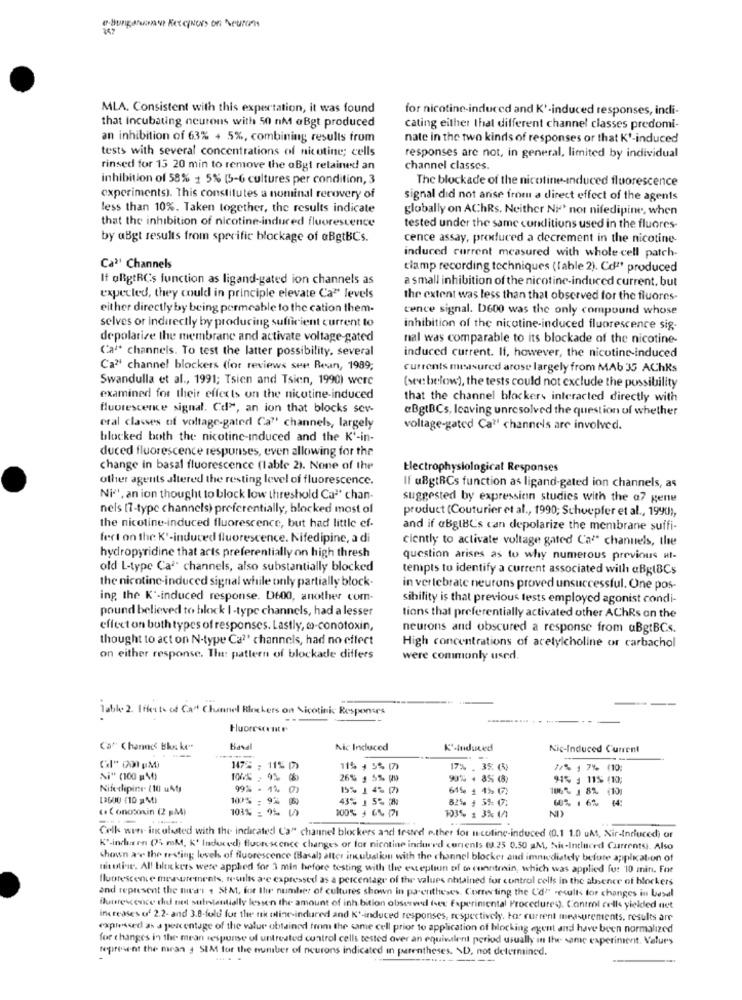
MLA. Consistent with this expertation, it was found
for nicotine-induced and K'-induced responses, indi-
that Incubating neurons with 50 nM aBgt produced
cating either thal different channel classes predomi-
an inhibition of 63% + 5%, combining results from
nate in the two kinds of responses or that K'-induced
tests with several concentrations of nicotine; cells
responses are not, in general, limited by individual
rinsed for 13 20 min to remove the aBgt retained an
channel classes.
inhibition of 58% + 5% (5-6 cultures per condition, 3
The blockade of the nicotine-induced fluorescence
experiments). This constitutes a nominal recovery of
signal did not arise from a direct effect of the agents
less than 10%. Taken together, the results indicate
globally on AChRs. Neither Nit nor nifedipine, when
that the inhibition of nicotine-induced fluorescence
tested under the same conditions used in the fluores-
by aBgt results from specific blockage of aBgtBCs.
cence assay, produced a decrement in the nicotine-
induced current measured with whole cell patch-
Ca"' Channels
clamp recording techniques (fable 2). Coª' produced
If olgtRCs function as ligand-gated ion channels as
a small inhibition of the nicotine-induced current, but
expected, they could in principle elevate Ca" levels
the extent was less than that observed for the fluores-
either directly by being permeable to the cation them-
cence signal. D600 was the only compound whose
selves or indirectly by producing sufficient current to
inhibition of the nicotine-induced fluorescence sig-
depolarize the membrane and activate voltage-gated
nal was comparable to its blockade of the nicotine-
Ca'+ channels. To test the latter possibility, several
induced current. If, however, the nicotine-induced
Ca" channel blockers (for reviews see Rean, 1989;
currents measured arose largely from MAb 35 AChRs
Swandulla et al ., 1991; Tsien and Tsien, 1990) were
(see below), the tests could not exclude the possibility
examined for their effects on the nicotine-induced
that the channel blocker. interacted directly with
fluorescence signal. Cd", an ion that blocks sev
@BgtBCs, Icaving unresolved the question of whether
eral classes of voltage-gated Ca"' channels, largely
voltage-gated Ca?' channels are involved.
blocked both the nicotine-induced and the K'-in-
duced fluorescence respurses, even allowing for the
change in basal fluorescence (lable 2). None of the
Electrophysiological Responses
other agents altered the resting level of fluorescence.
If uBgtRCs function as ligand-gated ion channels, as
Ni'', an ion thought to block low threshold Ca'' chan-
suggested by expression studies with the a7 gene
nels (7-type channels) preferentially, blocked most of
product (Couturier et al ., 1990; Schoepfer et al ., 1990),
the nicotine-induced fluorescence, but had little ef-
and if aBgIBCs can depolarize the membrane suffi-
fect on the K'-induced fluorescence. Nifedipine, a di
ciently to activate voltage gated Ca" channels, the
hydropyridine that arts preferentially on high thresh
question arises as to why numerous previous Ht-
old L-type Caª channels, also substantially blocked
tempts to identify a current associated with aBgIBCs
the nicotine-induced signal while only partially block-
in vertebrate neurons proved unsuccessful. One pos-
ing, the K'-induced response. D600, another com-
sibility is that previous tests employed agonist condi-
pound believed to block I-type channels, had a lesser
tions that preferentially activated other AChRs on the
effect on both types of responses. Lastly, wo-conotoxin,
neurons and obscured a response from uBgtBCs.
thought to act on N-type Ca?' channels, had no effect
High concentrations of acetylcholine or carbachol
on either response. The pattern of blockade differs
were commonly used.
Table 2. Iftexto of Ca" Channel Blockers on Nicotinic Responses
Ca" Channe Blo ke"
Baval
Nic Induced
Kanduced
Nic-Induced Current
1478 - 11% D
11% , 5% (7)
. 3% (3)
7% 1 7% (10;
Ni" (100 g)
26% 1 5% po
90% + 85 48
91% - 11% (10;
Nife dipine (10 uAt
99% - 4% ()
15% 1477
61% 1 4% (7)
106- 1 8% (10)
100% : 9%
43% 1 5%
60% 16% 14:
(. Conosoxin (2 gM)
103% : 9% 50
6&GES
100% 164171
103% 1 3% 1/1
Celk wini ink utested with the indicated Ca" channel blockers and tested p.ther for nicoline-induced (0.1 1.0 uM, Nir-Induced) or
K'-indus en (75 mM, K' Inducedi fluorescence changes or for nicotine induri'd currents (3.25 0.50 M, Nix-Induced Currents). Also
chown are the testing levels of fluorescence (Basal) alter incubation with the channel blocker and immediately before application of
nicotine. All bluckers were applied for 3 min before testing with the exception of to menntrain, which was applied for 10 min. For
fluorescence measurements, n-sulk are expressed as a percentage of the values obtained for control colls in the absence of blockers
and represent the med's 1 St At, for Ilir number of cultures shown in parentheses. Correcting the Ud" results for changes in Lesal
fluorescence thid net suinstantially lessen the amount of inh.bition observed (sex Experimental Procedures). Control celle yielded net
increases of 2.2- and 3.8-fold for the nik oline-induced and K'-induced responses, respectively. Hoe current measurements, results are
expressed as a percentage of the value obtained from the same cell prior to application of blocking egent and have been normalized
for changes in the mean response of untreated control cells tested over an equivalent period usually in the same experiment. Valurs
tepresent the mean . SIM for the number of neurons indicated in parentheses. \D, not determined.